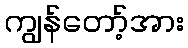
ကျွန်တော့်အား